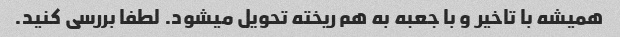
همیشه با تاخیر و با جعبه به هم ریخته تحویل میشود. لطفا بررسی کنید.